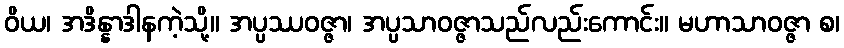
ဝိယ၊ အဒိန္နာဒါနကဲ့သို့။ အပ္ပဿဝဇ္ဇာ၊ အပ္ပသာဝဇ္ဇာသည်လည်းကောင်း။ မဟာသာဝဇ္ဇာ စ၊